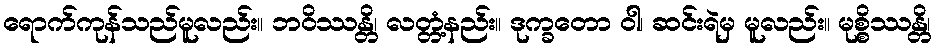
ရောက်ကုန်သည်မူလည်း။ ဘဝိဿန္တိ၊ လတ္တံ့နည်း။ ဒုက္ခတော ဝါ၊ ဆင်းရဲမှ မူလည်း။ မုစ္စိဿန္တိ၊